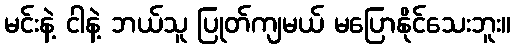
မင်းနဲ့ ငါနဲ့ ဘယ်သူ ပြုတ်ကျမယ် မပြောနိုင်သေးဘူး။